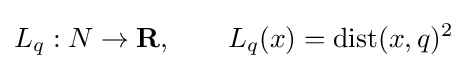
L_{q}:N\to \mathbf {R} ,\qquad L_{q}(x)=\operatorname {dist} (x,q)^{2}